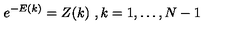
e ^ { - E ( k ) } = Z ( k ) \ , k = 1 , \ldots , N - 1